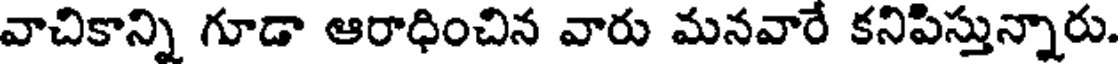
వాచికాన్ని గూడా ఆరాధించిన వారు మనవారే కనిపిస్తున్నారు.